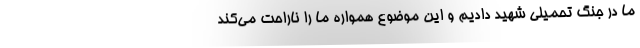
ما در جنگ تحمیلی شهید دادیم و این موضوع همواره ما را ناراحت می‌کند